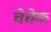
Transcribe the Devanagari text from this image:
चेचेक